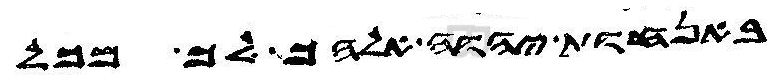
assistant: באנחות יהוה אלהך לך מכל